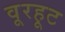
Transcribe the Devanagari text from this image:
वूरहूट